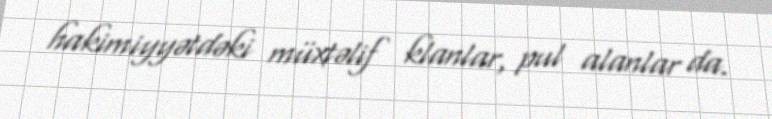
hakimiyyətdəki müxtəlif klanlar, pul alanlar da.